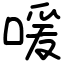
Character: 喛